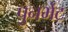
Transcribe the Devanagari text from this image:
पुनर्भेट